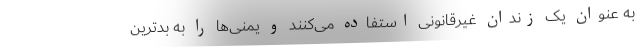
به عنوان یک زندان غیرقانونی استفاده می‌کنند و یمنی‌ها را به بدترین